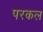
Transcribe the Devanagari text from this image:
परकल